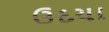
ઉદયા